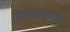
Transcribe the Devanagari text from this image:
संकल्परोपट्याचे